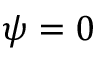
\psi = 0